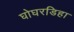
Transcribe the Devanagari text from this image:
घोघरडिहा